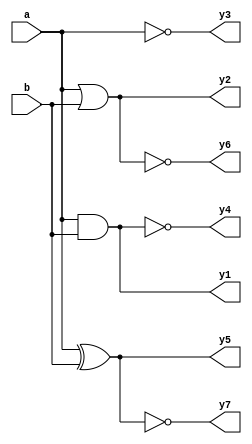
module logicgate(output reg y1, y2, y3, y4, y5, y6, y7, input a, b);

  always @ *
  begin
    y1 = a & b;//and gate output 1 if both inputs are 1 else 0
    y2 = a | b;// or gate output 1 if any one of the input is 1
    y3 = ~a;// not gate output is 0 if input is 1 and vice-versa
    y4 = ~(a & b);// nand gate complementary of and gate
    y5 = a ^ b;//xorgate output is 0 if both inputs are 0 or 1
    y6 = ~(a | b);//nor gate performs complementary operation of or gate 
    y7 = ~(a ^ b);//xnor gate performs compleemtary operation of xor gate 
  end
endmodule